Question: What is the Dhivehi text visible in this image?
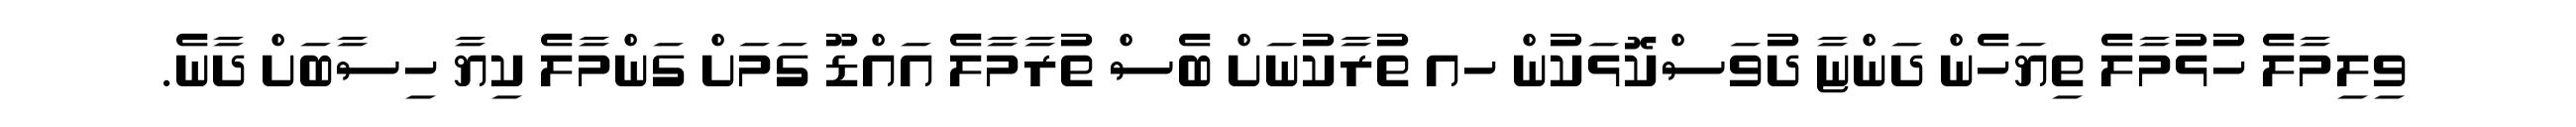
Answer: ވިލިމާލެ ހުޅުމާލެ ތިޔަހެން ދަންޏާ ދުވަސްކޮޅަކުން ހއ ތުރާކުނަށް ބެސް ތުރާމާލެ އައްޑޫ ގަމަށް ގަންމާލެ ކިޔާ ހިސާބަށް ދާނެ.